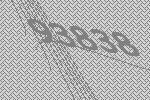
93838